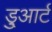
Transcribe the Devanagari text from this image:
डु्आर्ट